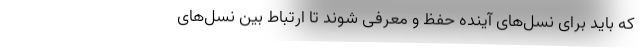
که باید برای نسل‌های آینده حفظ و معرفی شوند تا ارتباط بین نسل‌های